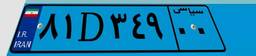
۸۱D۳۴۹۰۰